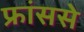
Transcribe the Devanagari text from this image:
फ्रांससे